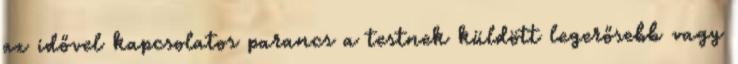
az idővel kapcsolatos parancs a testnek küldött legerősebb vagy